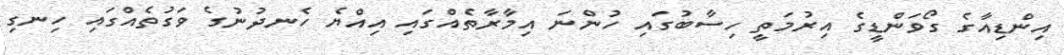
އިންޑިއާގެ ގޯވަންޑީގެ އިރުމަތީ ހިސާބުގައި ހުންނަ އިމާރާތެއްގައި އިއްޔެ ހެނދުނުގެ ވަގުތެއްގައި ހިނގި